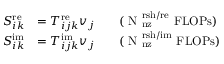
\begin{array} { r l r l } { S _ { i k } ^ { \mathrm { r e } } } & { = T _ { i j k } ^ { \mathrm { r e } } v _ { j } } & & { \mathrm { ( ~ N _ \mathrm { ~ n z } ^ \mathrm { ~ r s h / r e } ~ F L O P s ) } } \\ { S _ { i k } ^ { \mathrm { i m } } } & { = T _ { i j k } ^ { \mathrm { i m } } v _ { j } } & & { \mathrm { ( ~ N _ \mathrm { ~ n z } ^ \mathrm { ~ r s h / i m } ~ F L O P s ) } } \end{array}